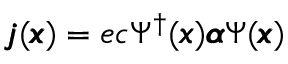
\pmb { j } ( \pmb { x } ) = e c \Psi ^ { \dagger } ( \pmb { x } ) \pmb { \alpha } \Psi ( \pmb { x } )